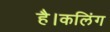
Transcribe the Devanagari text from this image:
है।कलिंग